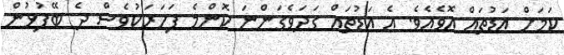
ކަމަށް އަޑުތައް އޮވެއެވެ. އެ އަޑުތައް ގަދަވެގަންނަ ކޮންމެ ފަހަރަކުވެސް ދެ ބޭފުޅުން